画像に写った文字を読んでください
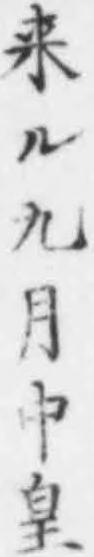
「来ル九月中皇」と書いてあります